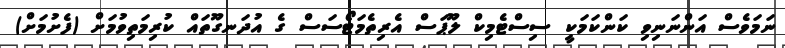
ނަމަވެސް އަންނަނިވި ކަންކަމަކީ ސިސްޓެމިކް ލޫޕަސް އެރިތެމަޓޯސަސް ގެ އުދަނގޫތައް ކުރިމަތިވުމަށް (ފެށުމަށް)